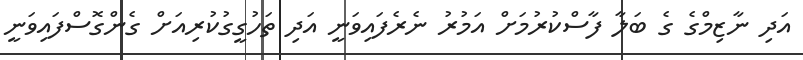
އަދި ނާޒިމްގެ ގެ ބަލާ ފާސްކުރުމަށް އަމުރު ނެރެފައިވަނީ އަދި ތަހުގީގުކުރިއަށް ގެންގޮސްފައިވަނީ